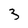
Character: 3